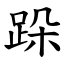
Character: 跺